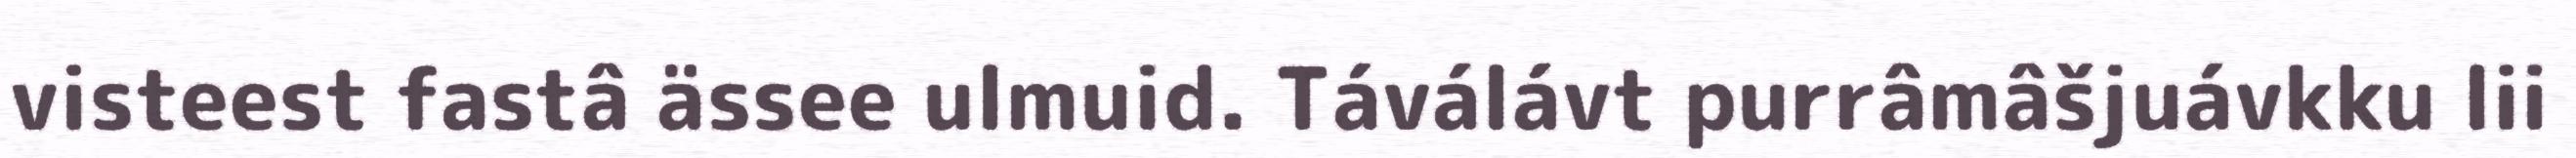
visteest fastâ ässee ulmuid. Táválávt purrâmâšjuávkku lii